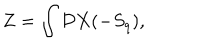
Z = \int { \cal D } X ( - S _ { q } ) ,